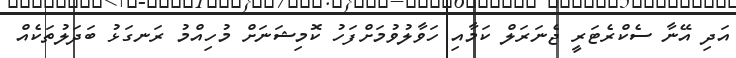
އަދި އޭނާ ސެކްރެޓަރީ ޖެނަރަލް ކަމާއި ހަވާލުވުމަށްފަހު ކޮމިޝަނަށް މުހިއްމު ރަނގަޅު ބަދަލުތަކެއް